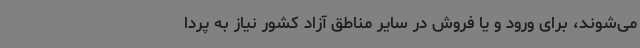
می‌شوند، برای ورود و یا فروش در سایر مناطق آزاد کشور نیاز به پردا